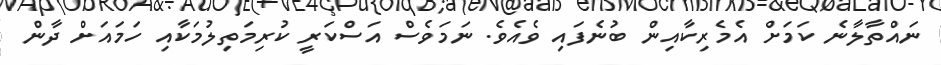
ނައްތާލާނެ ކަމަށް އެމެރިކާއިން ބުނެފައި ވެއެވެ. ނަމަވެސް އަސްކަރީ ކުރިމަތިލުމަކާއި ހަމައަށް ދާން